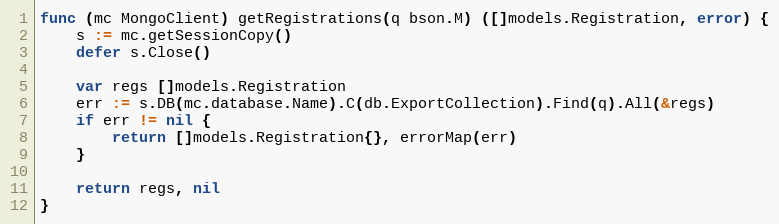
Language: Go
func (mc MongoClient) getRegistrations(q bson.M) ([]models.Registration, error) {
	s := mc.getSessionCopy()
	defer s.Close()

	var regs []models.Registration
	err := s.DB(mc.database.Name).C(db.ExportCollection).Find(q).All(&regs)
	if err != nil {
		return []models.Registration{}, errorMap(err)
	}

	return regs, nil
}